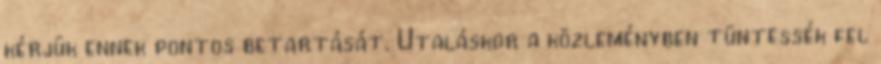
kérjük ennek pontos betartását. Utaláskor a közleményben tüntessék fel